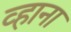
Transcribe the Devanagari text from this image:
व्हाना